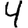
Digit: 4